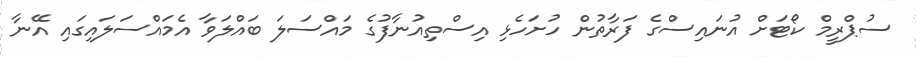
ސުޕްރީމް ކޯޓަށް އުނައިސްގެ ފަރާތުން ހުށަހެޅި އިސްތިއުނާފުގެ މައްސަލަ ބައްލަވާ އެމައްސަލައިގައި އޭނާ